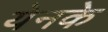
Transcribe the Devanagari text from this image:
येनके